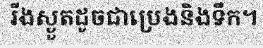
រីងស្ងួតដូចជាប្រេងនិងទឹក។